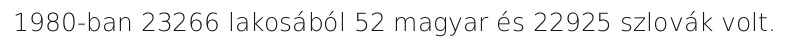
1980-ban 23266 lakosából 52 magyar és 22925 szlovák volt.